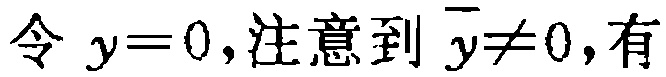
令 \(y = 0\),注意到 \(\overline{y}\neq0\),有